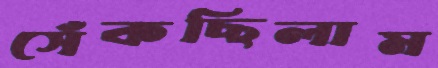
সেঁকছিলাম